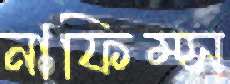
নাফিম্স